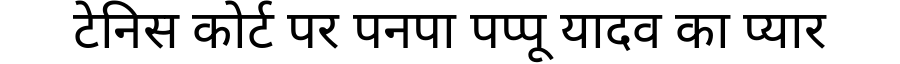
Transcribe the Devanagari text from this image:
टेनिस कोर्ट पर पनपा पप्पू यादव का प्यार